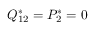
Q _ { 1 2 } ^ { * } = P _ { 2 } ^ { * } = 0